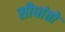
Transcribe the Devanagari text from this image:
सीधांतो